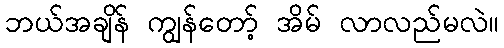
ဘယ်အချိန် ကျွန်တော့် အိမ် လာလည်မလဲ။